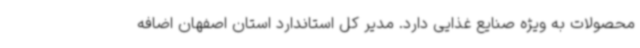
محصولات به ویژه صنایع غذایی دارد. مدیر کل استاندارد استان اصفهان اضافه